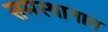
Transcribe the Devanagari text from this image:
समस्थानात